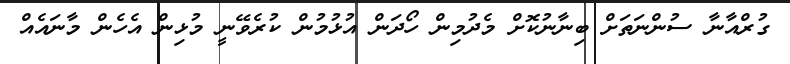
ގުރްއާނާ ސުންނަތަށް ބިނާނުކޮށް މެދުމިން ހޯދަން އުޅުމުން ކުރެވޭނީ މުޅިން އެހެން މާނައެއް